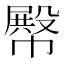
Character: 𢅝